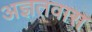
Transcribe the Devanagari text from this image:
अज्ञतवास